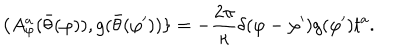
\{ A _ { \varphi } ^ { a } ( \bar { \theta } ( \varphi ) ) , g ( \bar { \theta } ( \varphi ^ { \prime } ) ) \} = - \frac { 2 \pi } { \kappa } \delta ( \varphi - \varphi ^ { \prime } ) g ( \varphi ^ { \prime } ) t ^ { a } .